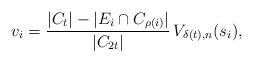
\begin{align*}v_i=\frac{|C_{t}|-|E_i\cap C_{\rho(i)}|}{|C_{2t}|}\,V_{\delta(t),n}(s_i),\end{align*}